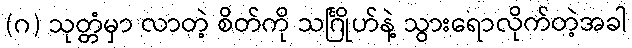
(ဂ) သုတ္တံမှာ လာတဲ့ စိတ်ကို သင်္ဂြိုဟ်နဲ့ သွားရောလိုက်တဲ့အခါ